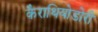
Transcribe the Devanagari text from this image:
कैराथियोडोरी